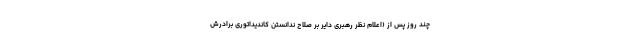
چند روز پس از (اعلام نظر رهبری دایر بر صلاح ندانستن کاندیداتوری برادرش